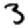
Digit: 3